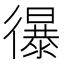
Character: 𢖔